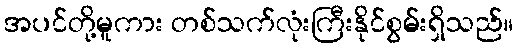
အပင်တို့မူကား တစ်သက်လုံးကြီးနိုင်စွမ်းရှိသည်။